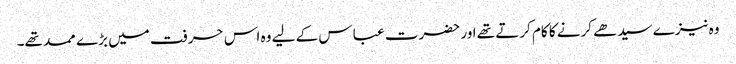
وہ نیزے سیدھے کرنے کا کام کرتے تھے اور حضرت عبا س کے لیے وہ اس حرفت میں بڑے ممد تھے۔